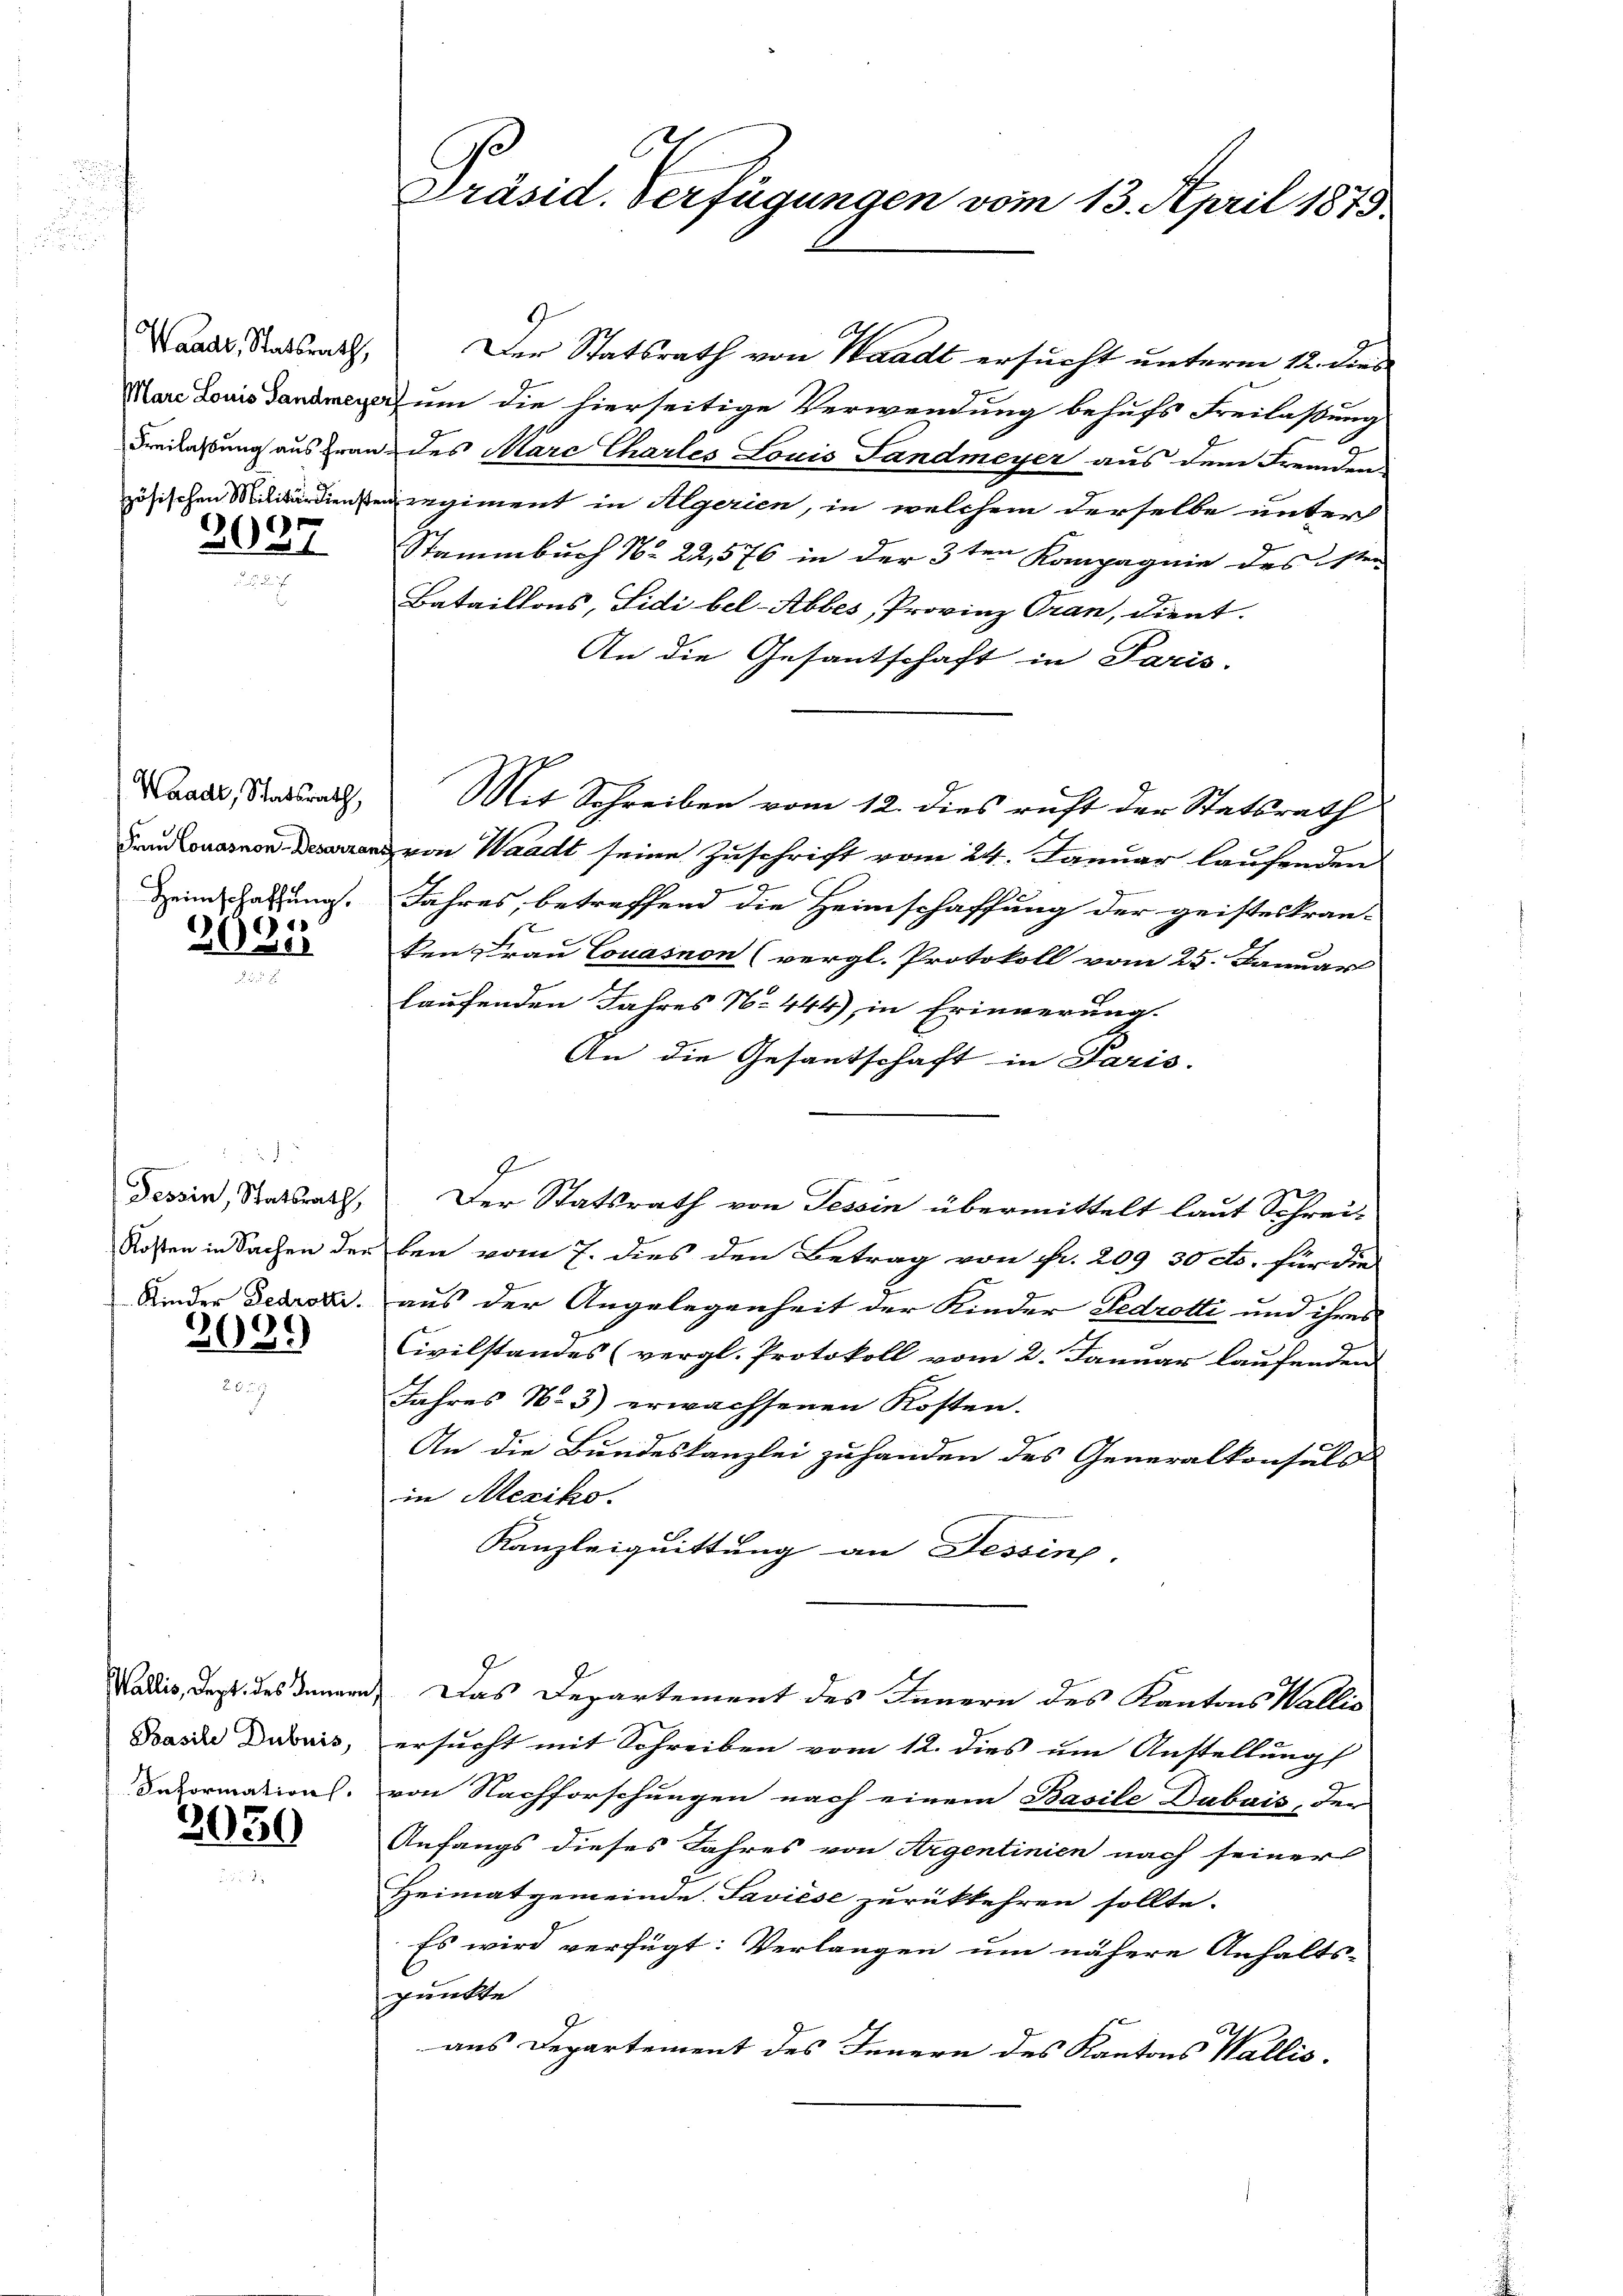
2037

Waadt, Statsrath,
Frau Conasnon-Desarza
Heimschaffung.

2025

5
Tessin, Statsrath,
Kosten in Sachen der
Kider Ledrotti.

2039

Wallis, dept. des Inner
Basile Dubuis,
Information.

2030

Präsid. Verfügungen vom 13. April 1873.

Waadt Ratsrath, Der Statsrath von Waadt ersucht unterm 12. dies
Mar Louis anden um die hierseitige Verwendung behufs Freilassung
Freilassung aus Frau des Marc Chartes Louis Sandmeyer aus dem Fremden
zösischen Militärdienstenregiment in Algerien, in welchem derselbe unter
Stammbuch No. 22,576 in der 3ten Kompagnie des ste-
Bataillons, Sidi bel-Abbes, Provinz Gran, dient.
An die Gesantschaft in Paris.
Mit Schreiben vom 12. dies ruft der Statsrath
ad von Waadt seine Zuschrift vom 24. Januar laufenden
Jahres, betreffend die Heimschaffung der geisteskran-
ken Frau Couasnon (vergl. Protokoll vom 25. Januar
laufenden Jahres No 444), in Erinnerung.
An die Gesantschaft in Paris.
g
Der Statsrath von Tessin übermittelt laut Schrei-
ben vom 7. dies den Betrag von fr. 209 30 cts. für die
aus der Angelegenheit der Kinder Fedrotti und ihres
Civilstandes (vergl. Protokoll vom 2. Januar laufenden
Jahres No 3) erwachsenen Kosten.
An die Bundeskanzlei zuhanden des Generalkonsuls
in Mexiko.
Kanzleiquittung an Dessinp
Das Departement des Innern des Kantons Wallis
ersucht mit Schreiben vom 12. dies um Anstellung
von Nachforschungen nach einem Basile Dubais, der
Anfangs dieses Jahres von Argentinien nach seiner
Heimatgemeinde. Saviése zurückkehren sollte.
Es wird verfügt: Verlangen um nähere Anhalts-
punkte
aus Departement des Innern des Kantons Wallis.